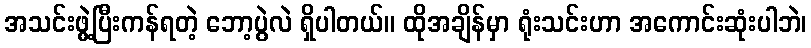
အသင်းဖွဲ့ပြီးကန်ရတဲ့ ဘော့ပွဲလဲ ရှိပါတယ်။ ထိုအချိန်မှာ ရုံးသင်းဟာ အကောင်းဆုံးပါဘဲ၊